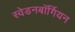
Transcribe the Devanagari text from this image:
स्वेडनबॉर्गियन